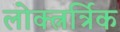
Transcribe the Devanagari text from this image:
लोक्त्नर्त्रिक